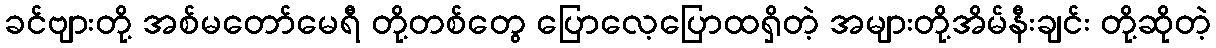
ခင်ဗျားတို့ အစ်မတော်မေရီ တို့တစ်တွေ ပြောလေ့ပြောထရှိတဲ့ အများတို့အိမ်နီးချင်း တို့ဆိုတဲ့